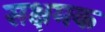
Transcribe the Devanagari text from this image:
सक्षमक